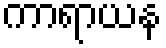
ကာရာယန